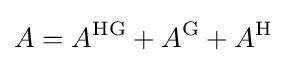
A=A^{\mathrm {HG} }+A^{\mathrm {G} }+A^{\mathrm {H} }